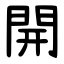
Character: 開